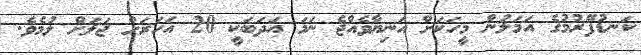
ކަނޑުފޭރުމުގެ އަމަލުން މީހަކަށް އަނިޔާވެއްޖެ ނަމަ އަދަބަކީ 20 އަހަރަށް ޖަލަށް ލުމެވެ.